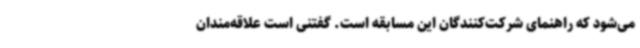
می‌شود که راهنمای شرکت‌کنندگان این مسابقه است. گفتنی است علاقه‌مندان